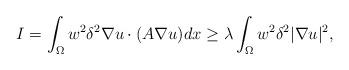
LaTeX: \begin{align*}I=\int_{\Omega}w^2\delta^2\nabla u\cdot(A\nabla u)dx\geq \lambda \int_{\Omega}w^2\delta^2|\nabla u|^2,\end{align*}